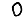
Digit: 0